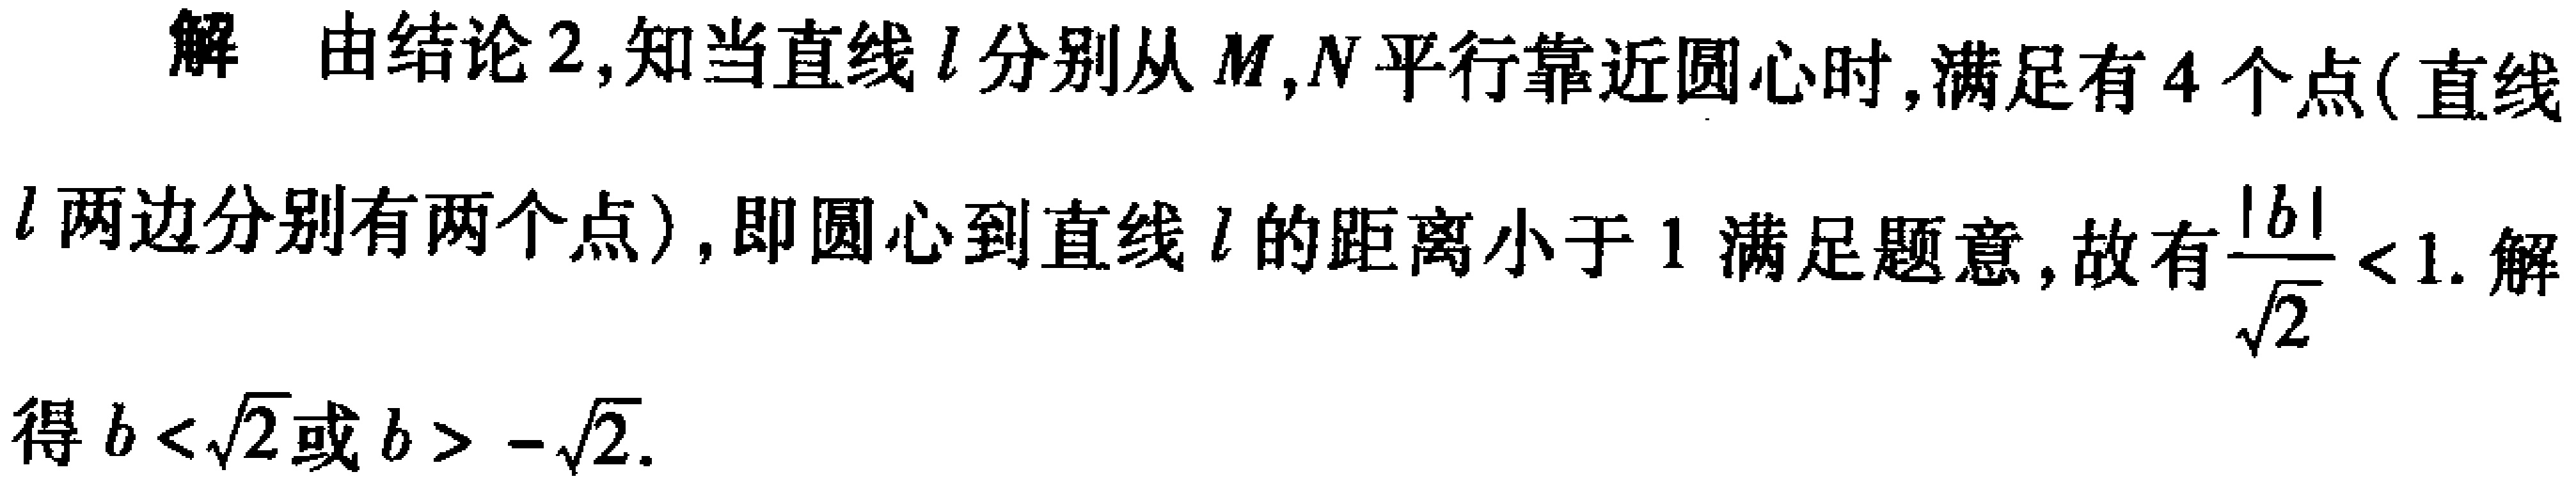
解 由结论2,知当直线\(l\)分别从\(M,N\)平行靠近圆心时,满足有\(4\)个点(直线\(l\)两边分别有两个点),即圆心到直线\(l\)的距离小于\(1\)满足题意,故有\(\frac{|b|}{\sqrt{2}}<1\).解得\(b<\sqrt{2}\)或\(b>-\sqrt{2}\).